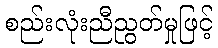
စည်းလုံးညီညွတ်မှုဖြင့်